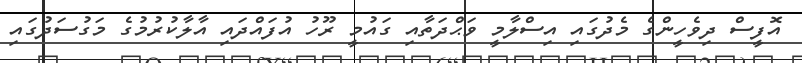
އޮފީސް ދިވެހީންގެ މެދުގައި އިސްލާމީ ވަޙްދަތާއި ގައުމީ ރޫހު އުފައްދައި އާލާކުރުމުގެ މަގުސަދުގައި